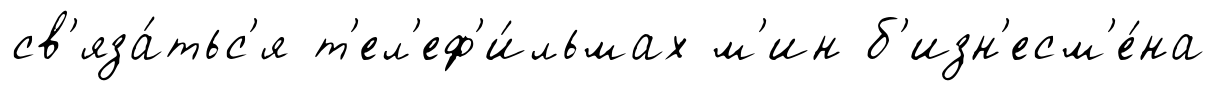
св'яза́тьс'я т'ел'еф'и́льмах м'ин б'изн'есм'е́на